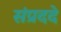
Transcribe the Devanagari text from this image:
संप्रददे